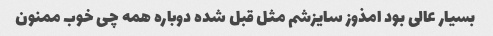
بسیار عالی بود امذوز سایزشم مثل قبل شده دوباره همه چی خوب ممنون